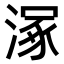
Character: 𣹞